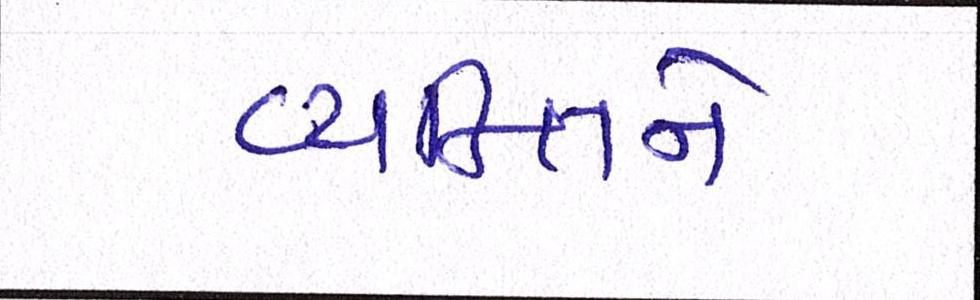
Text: વ્યકિતને